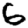
Digit: 6